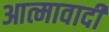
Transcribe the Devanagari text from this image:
आत्मावादी